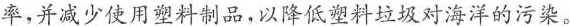
率，并减少使用塑料制品，以降低塑料垃圾对海洋的污染。